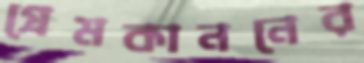
প্রেমকাননের